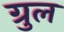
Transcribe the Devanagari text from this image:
ग्रुल